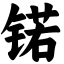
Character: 锘